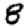
Digit: 8